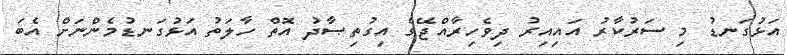
އަޅުގަނޑު މި ސަރުކާރު އައިއިރު ދިވެހިރާއްޖޭގެ އިގުތިޞާދު އޮތް ހާލަތު އަޅުގަނޑުމެންނަށް އެބަ